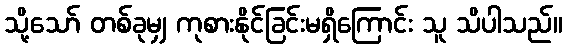
သို့သော် တစ်ခုမျှ ကုစားနိုင်ခြင်းမရှိကြောင်း သူ သိပါသည်။